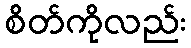
စိတ်ကိုလည်း